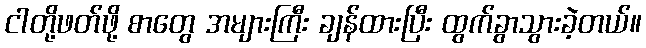
ငါတို့ဖတ်ဖို့ စာတွေ အများကြီး ချန်ထားပြီး ထွက်ခွာသွားခဲ့တယ်။